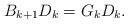
LaTeX: \begin{align*}B_{k+1}D_k = G_kD_k.\end{align*}